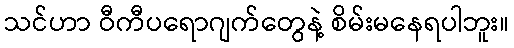
သင်ဟာ ဝီကီပရောဂျက်တွေနဲ့ စိမ်းမနေရပါဘူး။